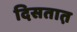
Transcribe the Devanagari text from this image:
दिसतात़